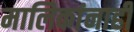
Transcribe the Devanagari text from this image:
मालिकांनाही